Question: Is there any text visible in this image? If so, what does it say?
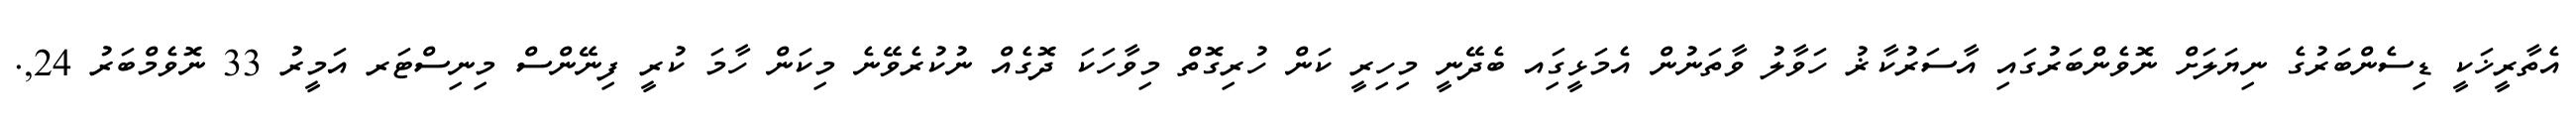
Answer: އެތާރީޚަކީ ޑިސެންބަރުގެ ނިޔަލަށް ނޮވެންބަރުގައި އާސަރުކާޜު ހަވާލު ވާތަނުން އެމަޅީގަިއ ބެދޭނީ މިހިރީ ކަން ހުރިގޮތް މިވާހަކަ ދޮގެއް ނުކުރެވޭނެ މިކަން ހާމަ ކުރީ ފިނޭންސް މިނިސްޓަރ އަމީރު 33 ނޮވެމްބަރު 24,.